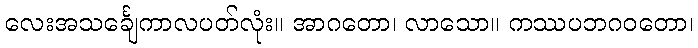
လေးအသင်္ချေကာလပတ်လုံး။ အာဂတော၊ လာသော။ ကဿပဘဂဝတော၊